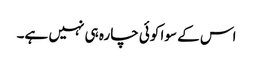
اس کے سوا کوئی چارہ ہی نہیں ہے۔